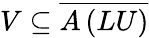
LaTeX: V\subseteq{\overline{{A\left(LU\right)}}}